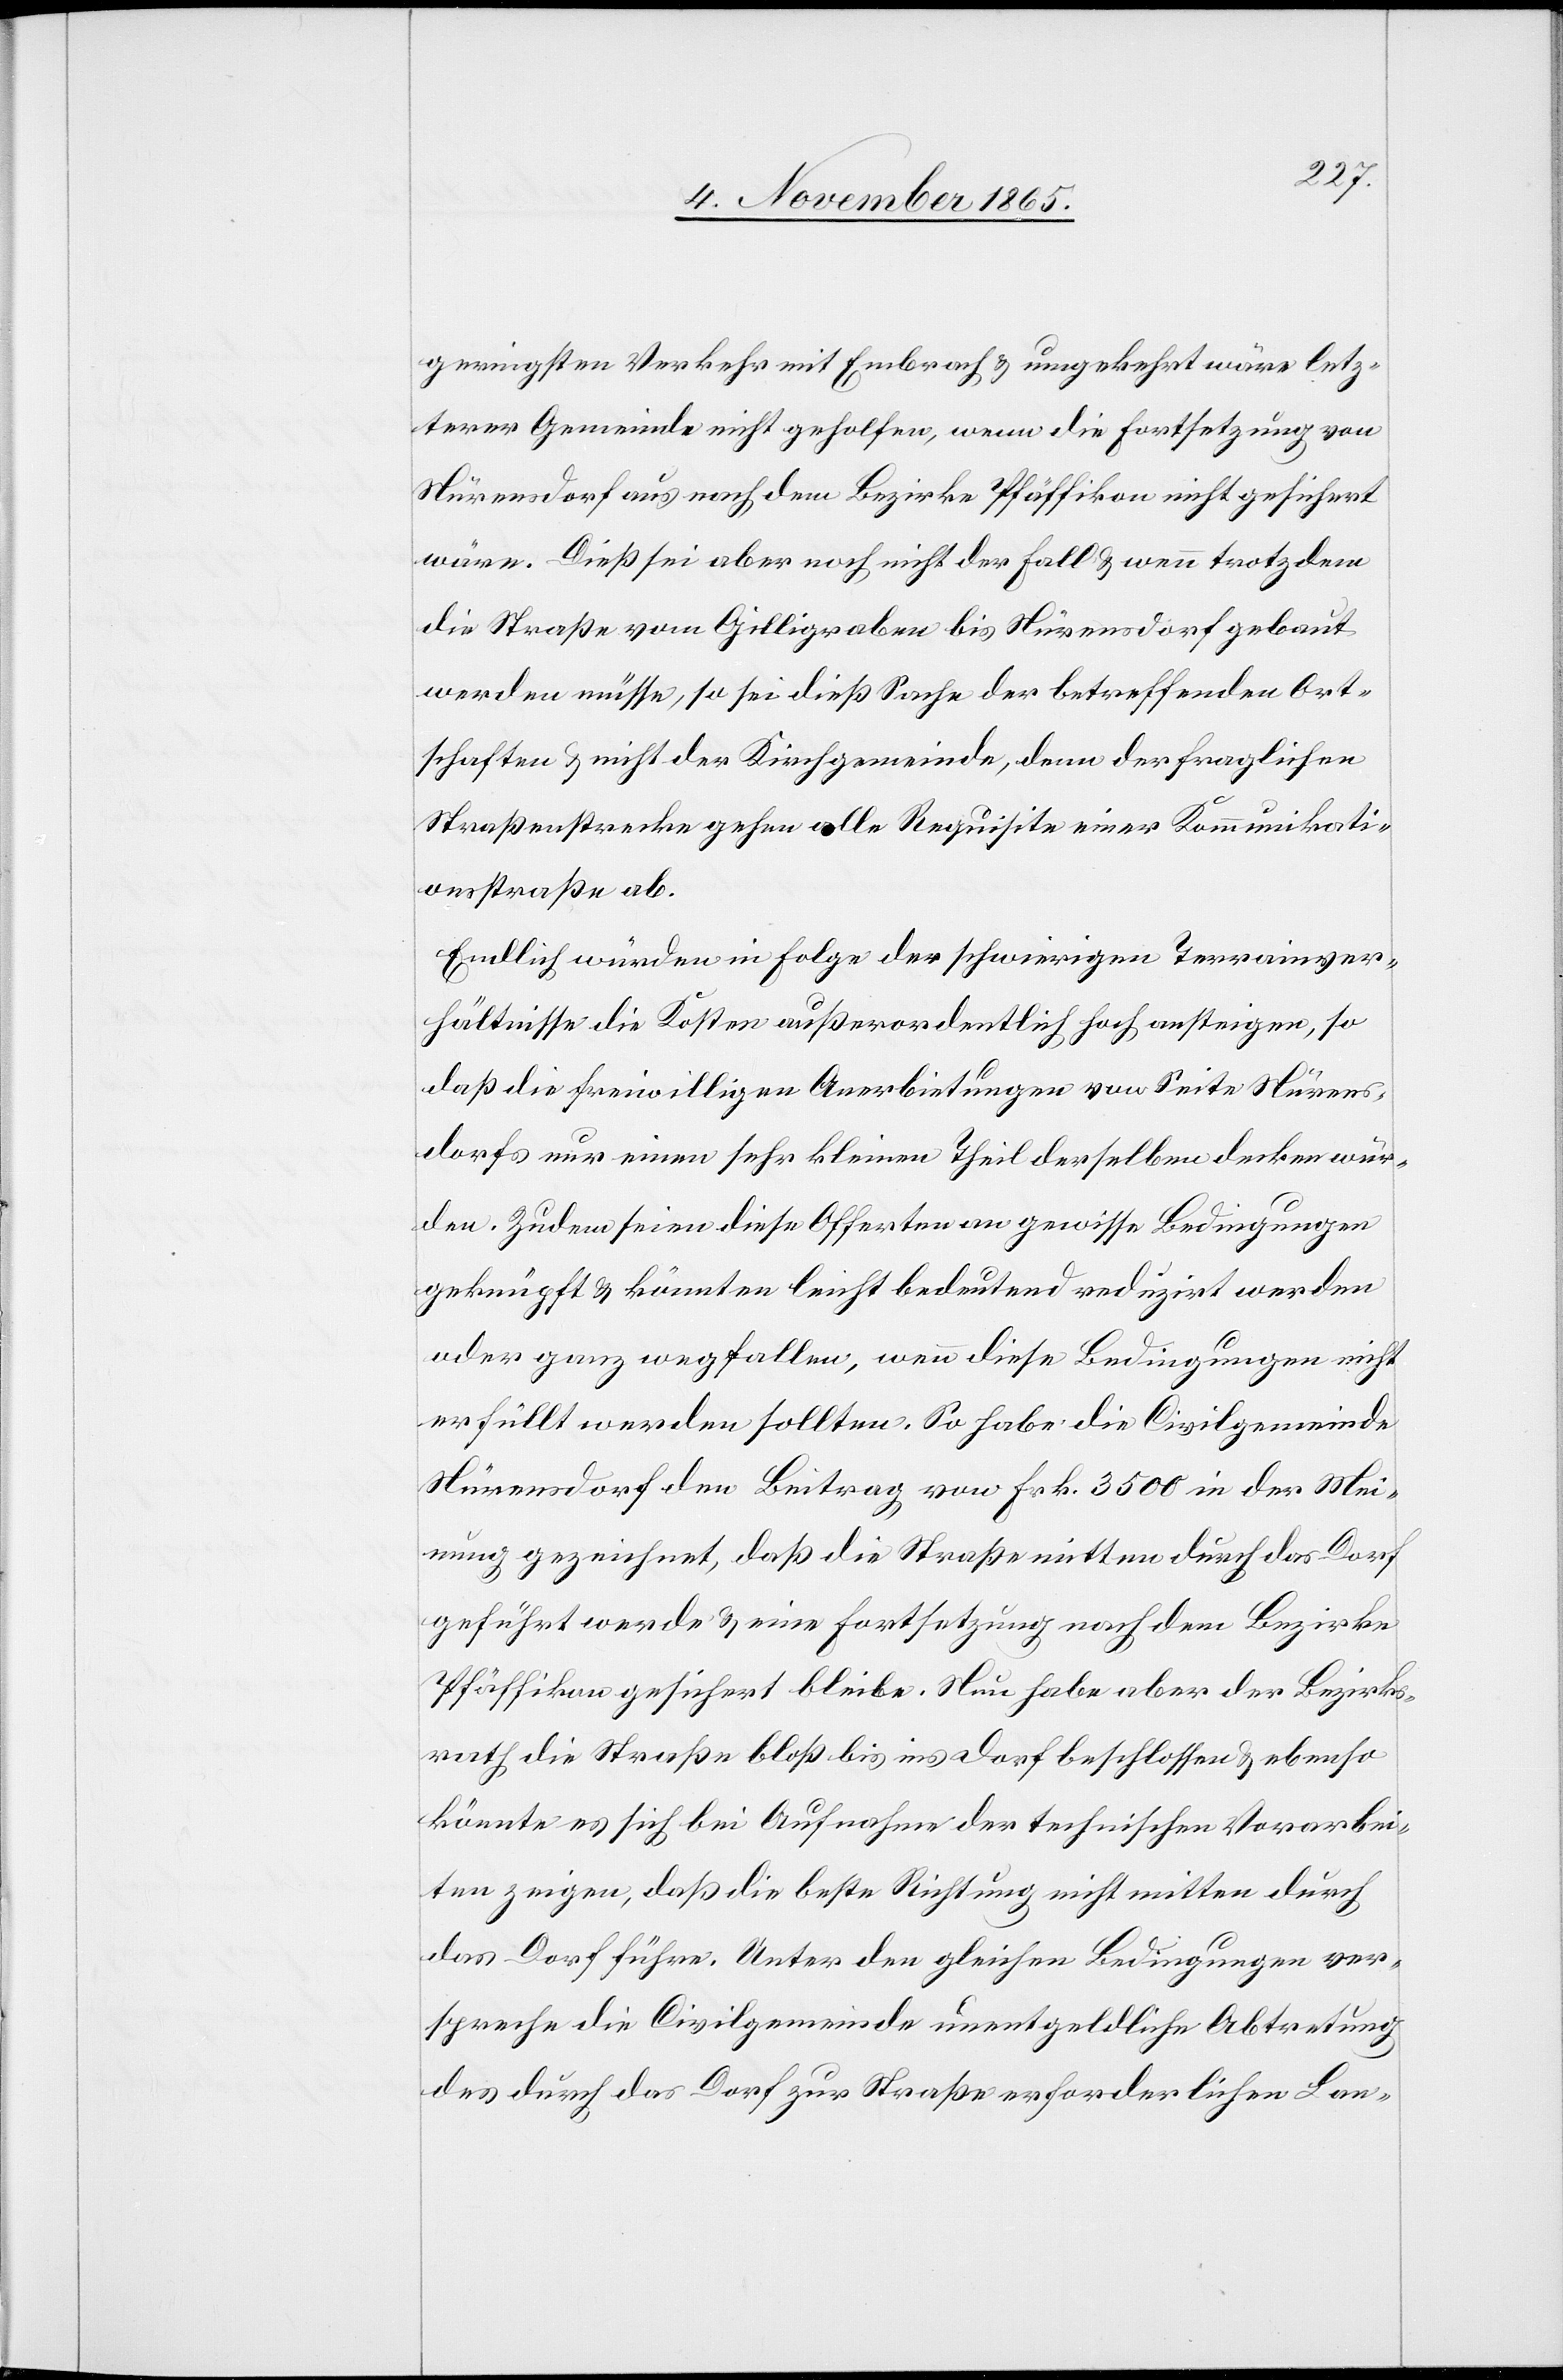
geringsten Verkehr mit Embrach & umgekehrt wäre letz¬
terer Gemeinde nicht geholfen, wenn die Fortsetzung von
Nürensdorf aus nach dem Bezirke Pfäffikon nicht gesichert
wäre. Dieß sei aber noch nicht der Fall & wenn trotzdem
die Straße vom Gilligraben bis Nürensdorf gebaut
werden müsse, so sei dieß Sache der betreffenden Ort¬
schaften & nicht der Kirchgemeinde, denn der fraglichen
Straßenstrecke gehen alle Requisite einer Kommunikati¬
onsstraße ab.
Endlich würden in Folge der schwierigen Terrainver¬
hältnisse die Kosten außerordentlich hoch ansteigen, so
daß die freiwilligen Anerbietungen von Seite Nürens¬
dorfs nur einen sehr kleinen Theil derselben decken wür¬
den. Zudem seien diese Offerten an gewisse Bedingungen
geknüpft & könnten leicht bedeutend reduzirt werden
oder ganz wegfallen, wenn diese Bedingungen nicht
erfüllt werden sollten. So habe die Civilgemeinde
Nürensdorf den Beitrag von Frk. 3500 in der Mei¬
nung gezeichnet, daß die Straße mitten durch das Dorf
geführt werde & eine Fortsetzung nach dem Bezirke
Pfäffikon gesichert bleibe. Nun habe aber der Bezirks¬
rath die Straße bloß bis ins Dorf beschlossen & ebenso
könnte es sich bei Aufnahme der technischen Vorarbei¬
ten zeigen, daß die beste Richtung nicht mitten durch
das Dorf führe. Unter den gleichen Bedingungen ver¬
spreche die Civilgemeinde unentgeldliche Abtretung
des durch das Dorf zur Straße erforderlichen Lan-